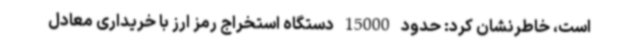
است، خاطرنشان کرد: حدود 15000 دستگاه استخراج رمز ارز با خریداری معادل